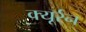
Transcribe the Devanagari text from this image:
क्यूर्रन